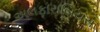
અલફારાબિયસ